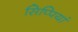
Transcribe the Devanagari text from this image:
सिप्पियां